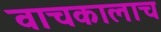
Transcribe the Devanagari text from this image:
वाचकालाच